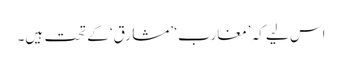
اس لیے کہ ’مغارب‘ ’مشارق‘ کے تحت ہیں۔